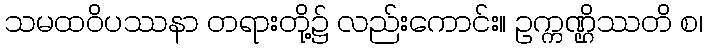
သမထဝိပဿနာ တရားတို့၌ လည်းကောင်း။ ဥက္ကဏ္ဌိဿတိ စ၊